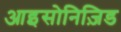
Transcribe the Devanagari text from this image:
आइसोनिज़िड